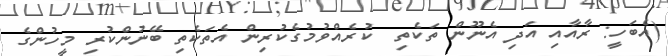
(އެބަހީ: ރާއާއި އަދި އެނޫން ތަކެތި  ކުރެއްވުމުގެކުރިން އެތަކެތި ބޭނުންކުރި މީހުންގެ